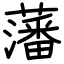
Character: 藩